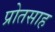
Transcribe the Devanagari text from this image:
प्रोतसाह